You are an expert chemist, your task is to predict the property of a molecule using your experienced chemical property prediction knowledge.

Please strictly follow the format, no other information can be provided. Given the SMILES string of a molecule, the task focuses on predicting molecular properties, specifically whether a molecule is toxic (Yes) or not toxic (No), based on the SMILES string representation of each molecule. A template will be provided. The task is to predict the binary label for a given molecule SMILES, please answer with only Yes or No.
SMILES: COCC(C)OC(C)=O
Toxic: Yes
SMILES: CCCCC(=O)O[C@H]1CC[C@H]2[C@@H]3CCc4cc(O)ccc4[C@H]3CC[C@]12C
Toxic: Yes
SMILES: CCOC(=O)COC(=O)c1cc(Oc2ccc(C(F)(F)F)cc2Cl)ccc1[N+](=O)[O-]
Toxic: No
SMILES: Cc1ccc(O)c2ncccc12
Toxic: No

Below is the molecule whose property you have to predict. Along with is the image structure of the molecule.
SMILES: CNC[C@H](O)[C@@H](O)[C@@H](O)[C@H](O)CO.Cc1c(Nc2ncccc2C(=O)O)cccc1C(F)(F)F
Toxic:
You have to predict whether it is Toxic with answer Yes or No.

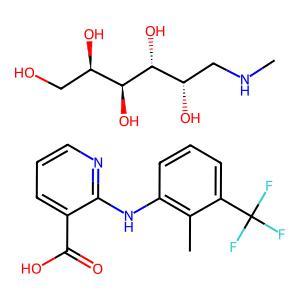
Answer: No